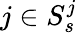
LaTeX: j\in S_{s}^{j}